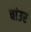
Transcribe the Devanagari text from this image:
चांउर